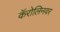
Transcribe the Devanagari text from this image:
कॅरोलिनवर